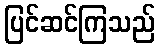
ပြင်ဆင်ကြသည်